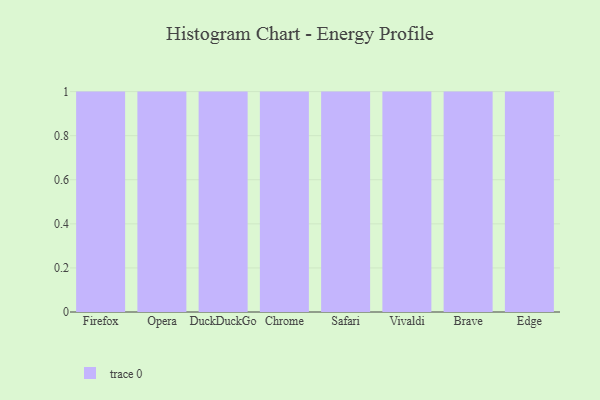
{"axis": {"x": "Browser", "y": "Conversion Rate (%)"}, "legend": [""], "data": [{"x": "Firefox", "y": 35, "type": ""}, {"x": "Opera", "y": 40, "type": ""}, {"x": "DuckDuckGo", "y": 51, "type": ""}, {"x": "Chrome", "y": 98, "type": ""}, {"x": "Safari", "y": 1, "type": ""}, {"x": "Vivaldi", "y": 63, "type": ""}, {"x": "Brave", "y": 55, "type": ""}, {"x": "Edge", "y": 45, "type": ""}]}